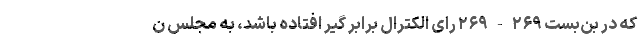
که در بن‌بست ۲۶۹-۲۶۹ رای الکترال برابر گیر افتاده باشد، به مجلس ن